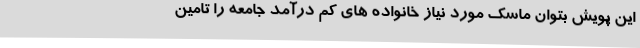
این پویش بتوان ماسک مورد نیاز خانواده های کم درآمد جامعه را تامین